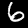
Label: 6